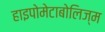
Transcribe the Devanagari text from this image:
हाइपोमेटाबोलिज्म